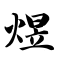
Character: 煜